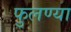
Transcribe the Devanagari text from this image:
फुलण्या